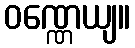
ဝဏ္ဏေယျ။